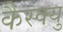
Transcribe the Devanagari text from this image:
कैस्क्यु